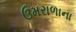
ઉમરાળાના